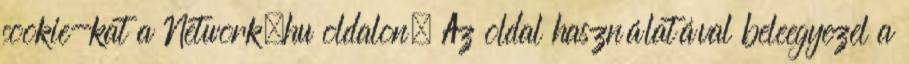
cookie-kat a Network.hu oldalon. Az oldal használatával beleegyezel a